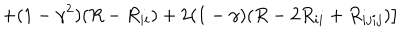
\left. + ( 1 - \gamma ^ { 2 } ) ( R - R _ { i i } ) + 2 ( 1 - \gamma ) ( R - 2 R _ { i i } + R _ { i j i j } ) \right] ~ ~ ~